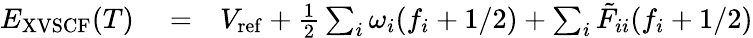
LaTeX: \begin{array}{rlr}{E_{\mathrm{XVSCF}}(T)}&{{}=}&{V_{\mathrm{ref}}+\frac{1}{2}\sum_{i}\omega_{i}(f_{i}+1/2)+\sum_{i}\tilde{F}_{ii}(f_{i}+1/2)}\end{array}